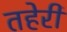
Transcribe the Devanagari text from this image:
तहेरी